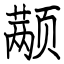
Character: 颟